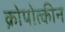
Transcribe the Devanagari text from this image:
क्रोपोत्कीन